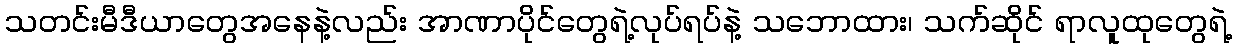
သတင်းမီဒီယာတွေအနေနဲ့လည်း အာဏာပိုင်တွေရဲ့လုပ်ရပ်နဲ့ သဘောထား၊ သက်ဆိုင် ရာလူထုတွေရဲ့